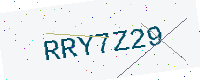
Text: RRY7Z29